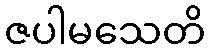
ဇပါမသေတိ